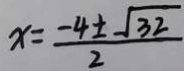
x = \frac { - 4 \pm \sqrt { 3 2 } } { 2 }